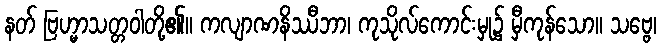
နတ် ဗြဟ္မာသတ္တဝါတို့၏။ ကလျာဏနိဿီဘာ၊ ကုသိုလ်ကောင်းမှု၌ မှီကုန်သော။ သဗ္ဗေ၊